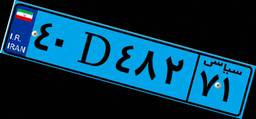
۴۰D۴۸۲۷۱